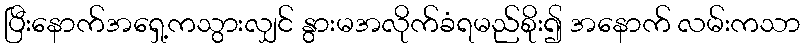
ပြီးနောက်အရှေ့ကသွားလျှင် နွားမအလိုက်ခံရမည်စိုး၍ အနောက် လမ်းကသာ